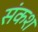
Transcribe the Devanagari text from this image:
संकश